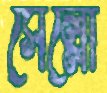
সেল্লো